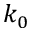
k _ { 0 }